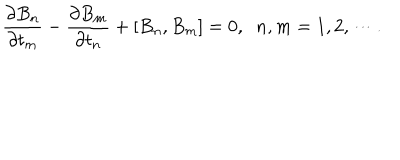
\frac { \partial B _ { n } } { \partial t _ { m } } - \frac { \partial B _ { m } } { \partial t _ { n } } + \left[ B _ { n } , B _ { m } \right] = 0 , \; \; n , m = 1 , 2 , \cdots .